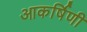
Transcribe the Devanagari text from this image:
आकर्षिणी